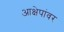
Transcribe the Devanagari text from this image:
आक्षेपांवर